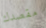
مقصدك